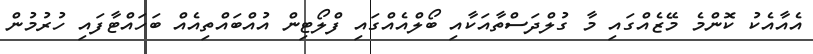
އެއާއެކު ކޮންމެ މޭޒެއްގައި މާ ގުލްދަސްތާއަކާއި ބޯލްއެއްގައި ފްލޯޓިން އުއްބައްތިއެއް ބަހައްޓާފައި ހުރުމުން